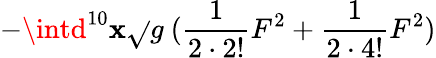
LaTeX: -\intd^{10}\mathbf{x}\sqrt{}{{g}}~(\frac{{1}}{{2\cdot2!}}F^{2}+\frac{{1}}{{2\cdot4!}}F^{2})